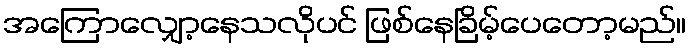
အကြောလျှော့နေသလိုပင် ဖြစ်နေခြိမ့်ပေတော့မည်။